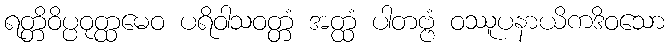
ရတ္တိဝိပ္ပဝုတ္ထမေဝ ပရိဝါသဝတ္တံ အတ္ထံ ပါတဗ္ဗံ ဝဿူပနာယိကဒိဝသော